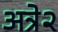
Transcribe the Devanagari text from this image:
अत्रे२